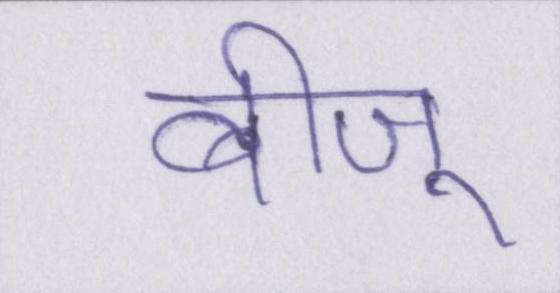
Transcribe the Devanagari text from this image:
बीजू